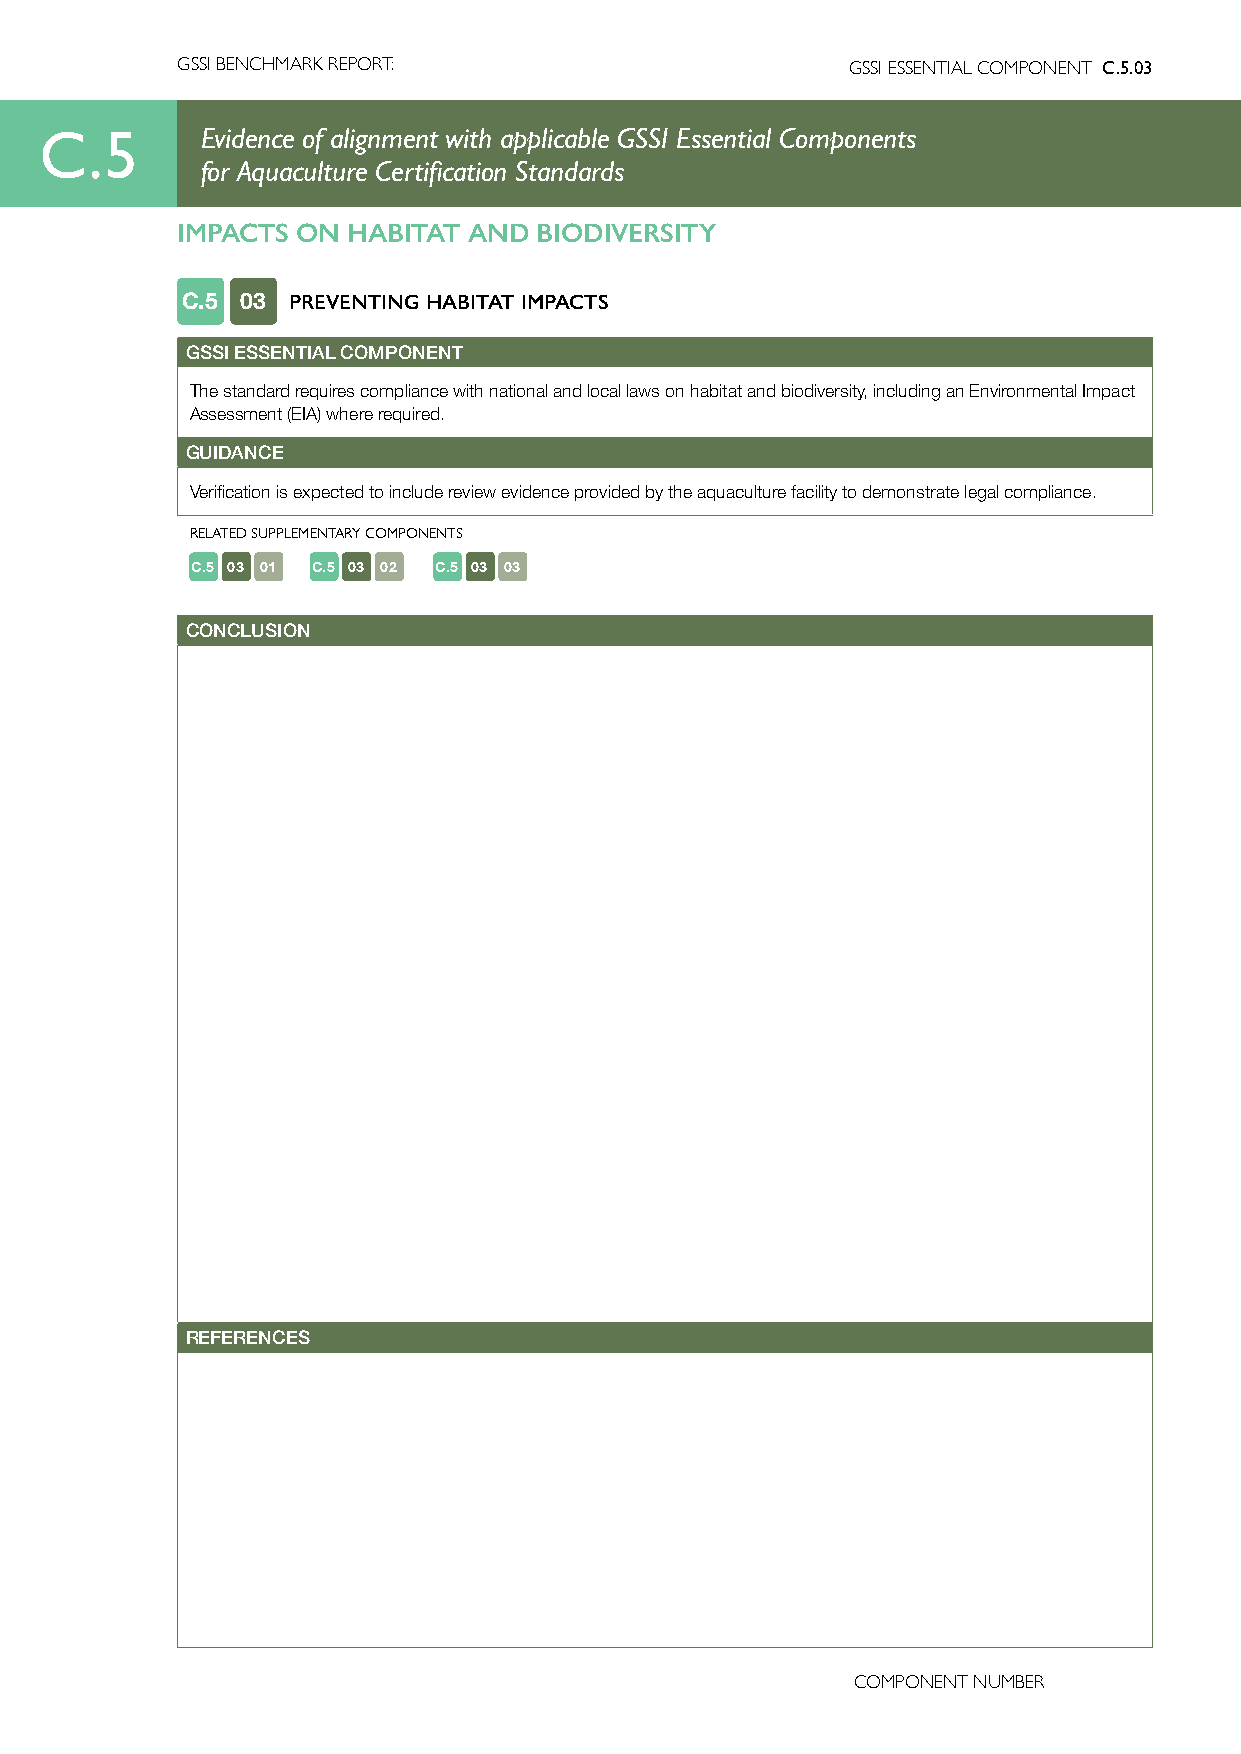
GSSI BENCHMARK REPORT:                      GSSI ESSENTIAL COMPONENT C.5.03
 C.5       Evidence of alignment with applicable GSSI Essential Components
 for Aquaculture Certification Standards
 IMPACTS ON HABITAT AND  BIODIVERSITY
 C.5 03 PREVENTING HABITAT IMPACTS
 GSSI ESSENTIAL COMPONENT
 The standard requires compliance with national and local laws on habitat and biodiversity, including an Environmental Impact
 Assessment (EIA) where required.
 GUIDANCE
 Verification is expected to include review evidence provided by the aquaculture facility to demonstrate legal compliance.
 RELATED SUPPLEMENTARY COMPONENTS
 C.5 03 01 C.5 03 02 C.5 03 03
 CONCLUSION
 REFERENCES
 COMPONENT NUMBER